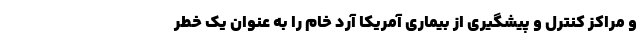
و مراكز كنترل و پيشگيري از بيماري آمريكا آرد خام را به عنوان يك خطر